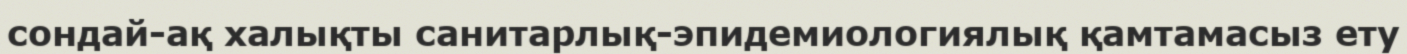
сондай-ақ халықты санитарлық-эпидемиологиялық қамтамасыз ету